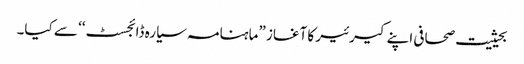
بحیثیت صحافی اپنے کیرئیر کا آغاز ”ماہنامہ سیارہ ڈائجسٹ‘‘ سے کیا۔